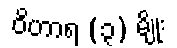
ဝိဟာရ (၃) မျိုး